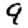
Digit: 9